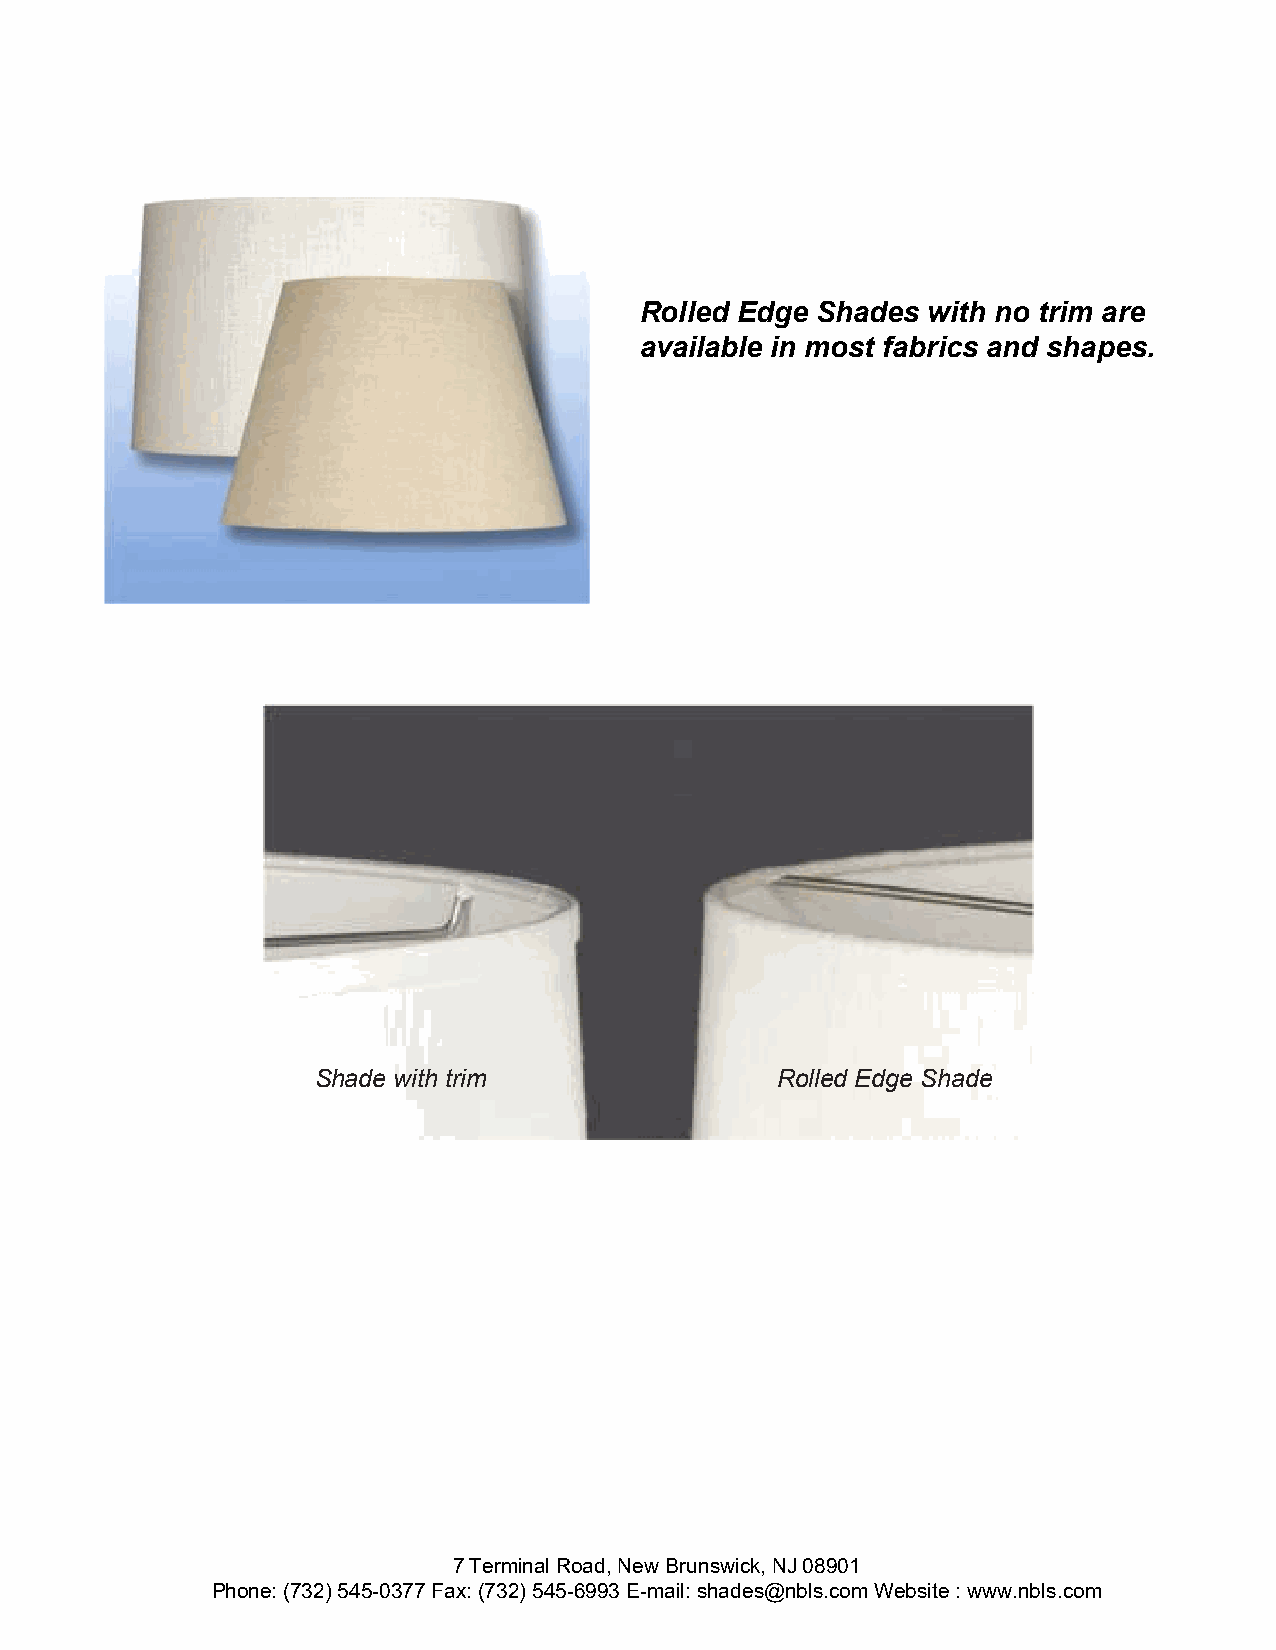
Rolled Edge Shades with no trim are
 available in most fabrics and shapes.
 Shade with trim               Rolled Edge Shade
 7 Terminal Road, New Brunswick, NJ 08901
 Phone: (732) 545-0377 Fax: (732) 545-6993 E-mail: shades@nbls.com Website : www.nbls.com